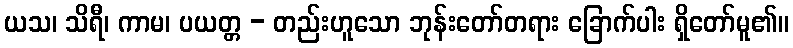
ယသ၊ သိရီ၊ ကာမ၊ ပယတ္တ - တည်းဟူသော ဘုန်းတော်တရား ခြောက်ပါး ရှိတော်မူ၏။